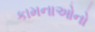
કામનાઓનો